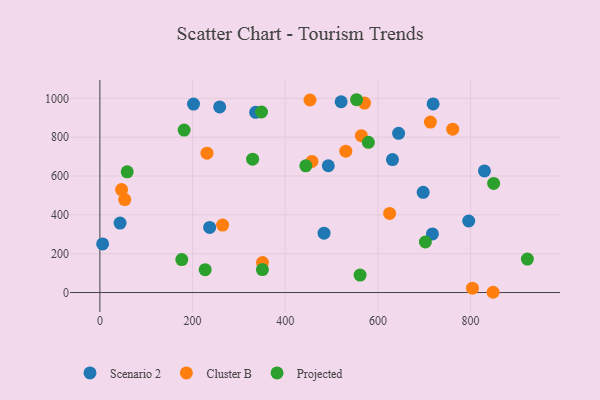
{"axis": {"x": "Distance", "y": "Rating"}, "legend": ["Cluster B", "Projected", "Scenario 2"], "data": [{"x": "258.5", "y": 955.8, "type": "Scenario 2"}, {"x": "236.9", "y": 335.3, "type": "Scenario 2"}, {"x": "336.1", "y": 928.0, "type": "Scenario 2"}, {"x": "717.6", "y": 301.9, "type": "Scenario 2"}, {"x": "697.6", "y": 516.1, "type": "Scenario 2"}, {"x": "520.6", "y": 982.4, "type": "Scenario 2"}, {"x": "483.7", "y": 305.4, "type": "Scenario 2"}, {"x": "43.5", "y": 357.4, "type": "Scenario 2"}, {"x": "5.9", "y": 250.5, "type": "Scenario 2"}, {"x": "829.8", "y": 625.9, "type": "Scenario 2"}, {"x": "492.9", "y": 652.8, "type": "Scenario 2"}, {"x": "795.9", "y": 368.2, "type": "Scenario 2"}, {"x": "631.4", "y": 684.7, "type": "Scenario 2"}, {"x": "202.0", "y": 970.4, "type": "Scenario 2"}, {"x": "644.6", "y": 819.9, "type": "Scenario 2"}, {"x": "719.1", "y": 970.9, "type": "Scenario 2"}, {"x": "761.4", "y": 841.3, "type": "Cluster B"}, {"x": "625.2", "y": 407.3, "type": "Cluster B"}, {"x": "713.2", "y": 877.5, "type": "Cluster B"}, {"x": "804.0", "y": 22.4, "type": "Cluster B"}, {"x": "530.6", "y": 727.9, "type": "Cluster B"}, {"x": "453.4", "y": 991.4, "type": "Cluster B"}, {"x": "350.9", "y": 154.1, "type": "Cluster B"}, {"x": "231.1", "y": 717.6, "type": "Cluster B"}, {"x": "457.6", "y": 675.0, "type": "Cluster B"}, {"x": "848.4", "y": 1.3, "type": "Cluster B"}, {"x": "53.6", "y": 478.5, "type": "Cluster B"}, {"x": "571.0", "y": 975.3, "type": "Cluster B"}, {"x": "564.2", "y": 807.8, "type": "Cluster B"}, {"x": "46.8", "y": 530.3, "type": "Cluster B"}, {"x": "264.8", "y": 347.1, "type": "Cluster B"}, {"x": "350.7", "y": 118.4, "type": "Projected"}, {"x": "176.7", "y": 169.5, "type": "Projected"}, {"x": "849.7", "y": 562.0, "type": "Projected"}, {"x": "579.4", "y": 773.6, "type": "Projected"}, {"x": "444.4", "y": 652.6, "type": "Projected"}, {"x": "702.4", "y": 260.2, "type": "Projected"}, {"x": "561.5", "y": 89.9, "type": "Projected"}, {"x": "348.7", "y": 929.5, "type": "Projected"}, {"x": "227.2", "y": 117.7, "type": "Projected"}, {"x": "329.6", "y": 686.6, "type": "Projected"}, {"x": "553.9", "y": 992.7, "type": "Projected"}, {"x": "181.8", "y": 836.2, "type": "Projected"}, {"x": "922.5", "y": 172.4, "type": "Projected"}, {"x": "58.9", "y": 621.4, "type": "Projected"}]}